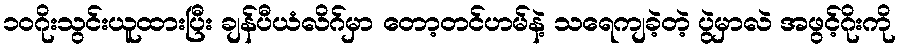
၁၀ဂိုးသွင်းယူထားပြီး ချန်ပီယံလိဂ်မှာ တော့တင်ဟမ်နဲ့ သရေကျခဲ့တဲ့ ပွဲမှာလဲ အဖွင့်ဂိုးကို